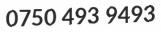
0750 493 9493